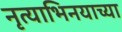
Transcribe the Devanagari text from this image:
नृत्याभिनयाच्या